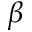
\beta